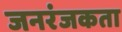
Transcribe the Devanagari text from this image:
जनरंजकता